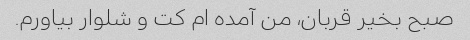
صبح بخیر قربان، من آمده ام کت و شلوار بیاورم.